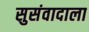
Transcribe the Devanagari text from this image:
सुसंवादाला